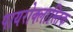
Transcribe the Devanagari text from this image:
पायरोक्लास्तिक